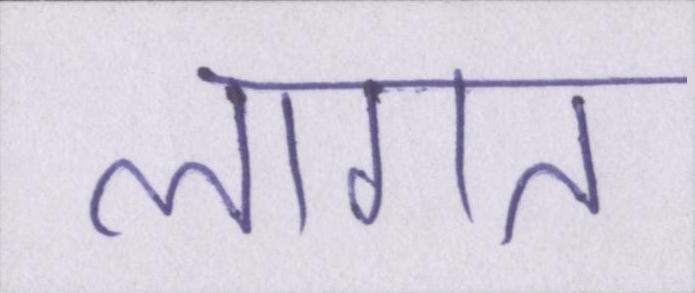
लागत